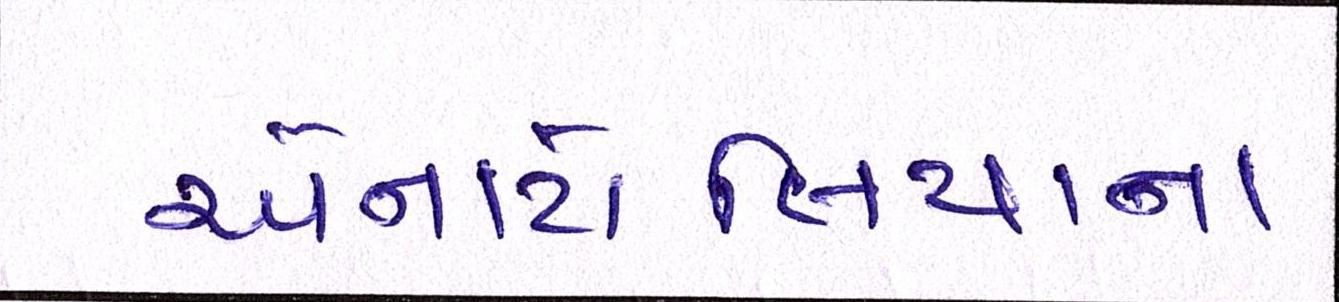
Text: એનાટોલિયાના